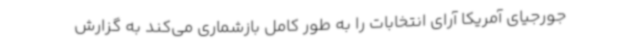
جورجیای آمریکا آرای انتخابات را به طور کامل بازشماری می‌کند به گزارش